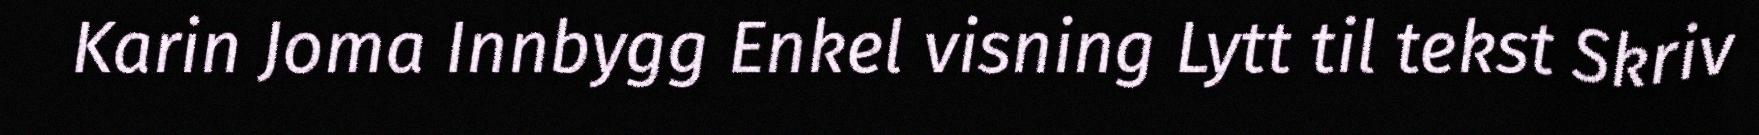
Karin Joma Innbygg Enkel visning Lytt til tekst Skriv